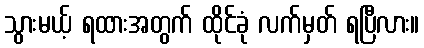
သွားမယ့် ရထားအတွက် ထိုင်ခုံ လက်မှတ် ရပြီလား။